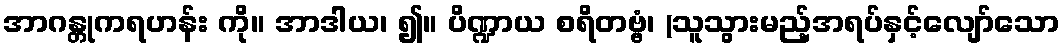
အာဂန္တုကရဟန်း ကို။ အာဒါယ၊ ၍။ ပိဏ္ဍာယ စရိတဗ္ဗံ၊ (သူသွားမည့်အရပ်နှင့်လျော်သော